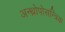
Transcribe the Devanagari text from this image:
अन्थ्रोपोसन्त्रिक